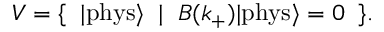
V = \{ \; \; | \mathrm { p h y s } { \rangle } \; \; | \; \; B ( k _ { + } ) | \mathrm { p h y s } { \rangle } = 0 \; \; \} .